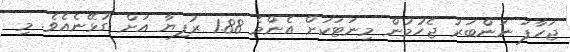
ޖަހާފަ ނަންބަރު ޖެހުމުން މިނަޓަކަށް އެންމެ 1.88 ރުފިޔާ އަށް ގުޅޭނެއެވެ. މި